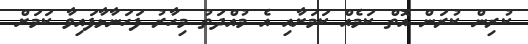
ކުރިން ކުރަން އޮތް ކަމެއް ކަމަށާއި އެ މުއްދަތު މިހާރު ފަހަނާޅާފައިވާ ކަމަށް